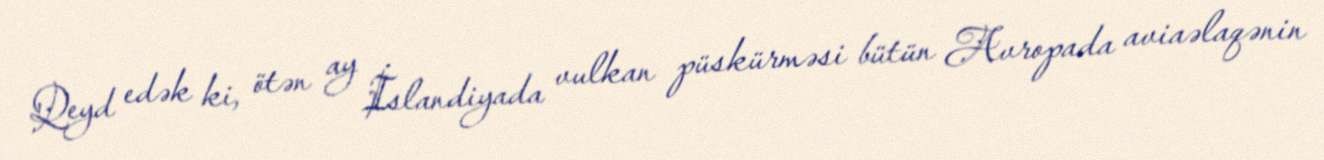
Qeyd edək ki, ötən ay İslandiyada vulkan püskürməsi bütün Avropada aviaəlaqənin